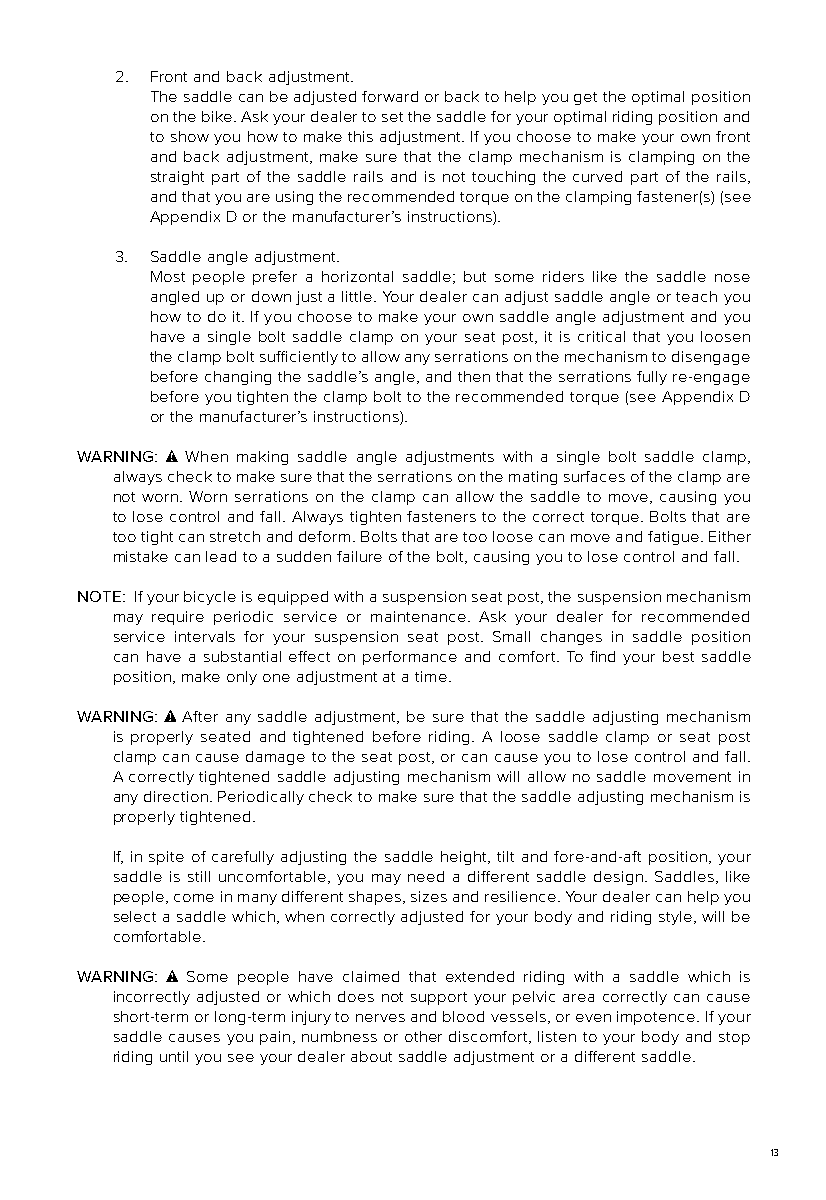
2. Front and back adjustment.
 The saddle can be adjusted forward or back to help you get the optimal position
 on the bike. Ask your dealer to set the saddle for your optimal riding position and
 to show you how to make this adjustment. If you choose to make your own front
 and back adjustment, make sure that the clamp mechanism is clamping on the
 straight part of the saddle rails and is not touching the curved part of the rails,
 and that you are using the recommended torque on the clamping fastener(s) (see
 Appendix D or the manufacturer’s instructions).
 3. Saddle angle adjustment.
 Most people prefer a horizontal saddle; but some riders like the saddle nose
 angled up or down just a little. Your dealer can adjust saddle angle or teach you
 how to do it. If you choose to make your own saddle angle adjustment and you
 have a single bolt saddle clamp on your seat post, it is critical that you loosen
 the clamp bolt sufficiently to allow any serrations on the mechanism to disengage
 before changing the saddle’s angle, and then that the serrations fully re-engage
 before you tighten the clamp bolt to the recommended torque (see Appendix D
 or the manufacturer’s instructions).
 WARNING: When making saddle angle adjustments with a single bolt saddle clamp,
 always check to make sure that the serrations on the mating surfaces of the clamp are
 not worn. Worn serrations on the clamp can allow the saddle to move, causing you
 to lose control and fall. Always tighten fasteners to the correct torque. Bolts that are
 too tight can stretch and deform. Bolts that are too loose can move and fatigue. Either
 mistake can lead to a sudden failure of the bolt, causing you to lose control and fall.
 NOTE: If your bicycle is equipped with a suspension seat post, the suspension mechanism
 may require periodic service or maintenance. Ask your dealer for recommended
 service intervals for your suspension seat post. Small changes in saddle position
 can have a substantial effect on performance and comfort. To find your best saddle
 position, make only one adjustment at a time.
 WARNING: After any saddle adjustment, be sure that the saddle adjusting mechanism
 is properly seated and tightened before riding. A loose saddle clamp or seat post
 clamp can cause damage to the seat post, or can cause you to lose control and fall.
 A correctly tightened saddle adjusting mechanism will allow no saddle movement in
 any direction. Periodically check to make sure that the saddle adjusting mechanism is
 properly tightened.
 If, in spite of carefully adjusting the saddle height, tilt and fore-and-aft position, your
 saddle is still uncomfortable, you may need a different saddle design. Saddles, like
 people, come in many different shapes, sizes and resilience. Your dealer can help you
 select a saddle which, when correctly adjusted for your body and riding style, will be
 comfortable.
 WARNING: Some people have claimed that extended riding with a saddle which is
 incorrectly adjusted or which does not support your pelvic area correctly can cause
 short-term or long-term injury to nerves and blood vessels, or even impotence. If your
 saddle causes you pain, numbness or other discomfort, listen to your body and stop
 riding until you see your dealer about saddle adjustment or a different saddle.
 13